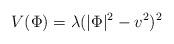
LaTeX: \begin{align*} V(\Phi) = \lambda (|\Phi|^2 - v^2)^2\end{align*}